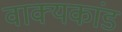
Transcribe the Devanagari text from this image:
वाक्यकांड